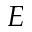
E